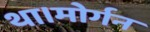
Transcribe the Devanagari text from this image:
था।मोर्गन